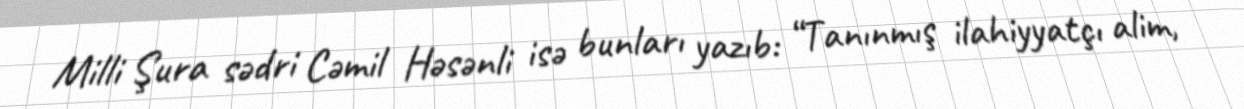
Milli Şura sədri Cəmil Həsənli isə bunları yazıb: “Tanınmış ilahiyyatçı alim,